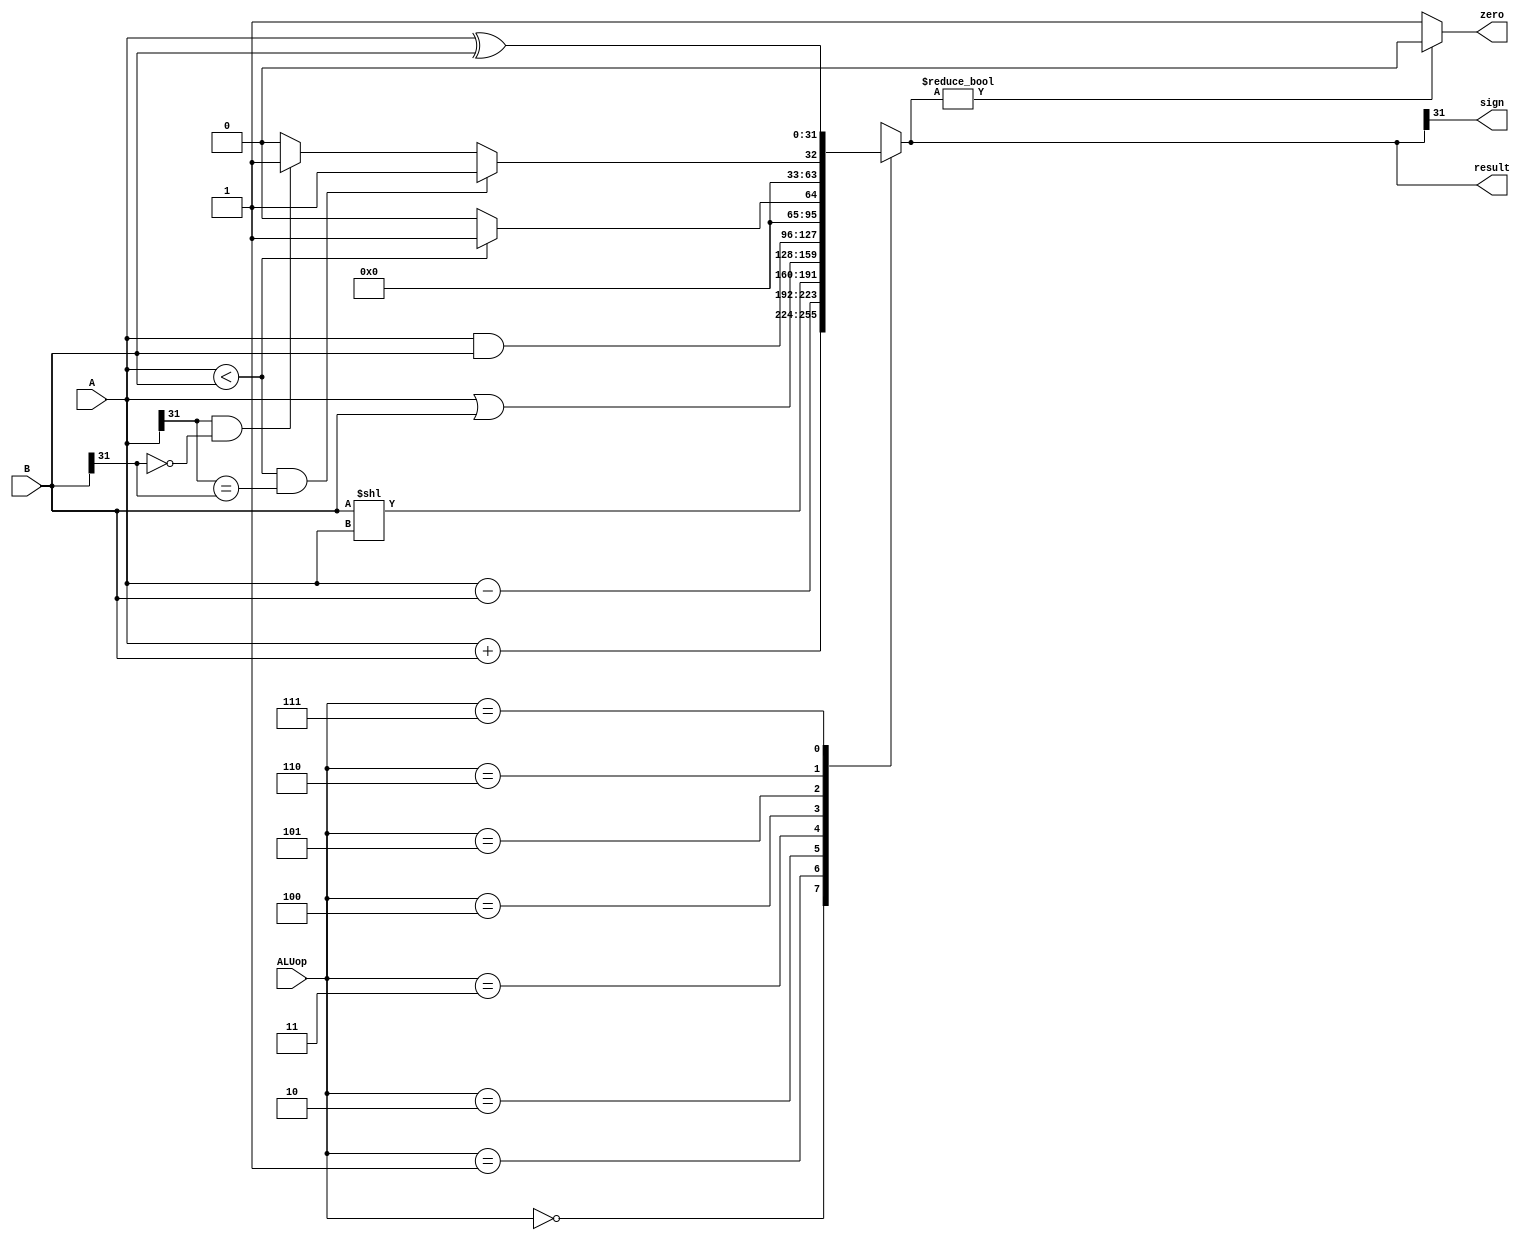
`timescale 1ns / 1ps
//////////////////////////////////////////////////////////////////////////////////
// Company: 
// Engineer: 
// 
// Design Name: 
// Module Name: ALU
// Project Name: 
// Target Devices: 
// Tool Versions: 
// Description: 
// 
// Dependencies: 
// 
// Revision:
// Revision 0.01 - File Created
// Additional Comments:
// 
//////////////////////////////////////////////////////////////////////////////////


module ALU
 (
  input [2:0] ALUop,
  input [31:0] A,
  input [31:0] B,
  output reg zero,
  output reg sign,
  output reg [31:0] result
 );
 always@(*)
 begin
 case(ALUop)
  3'b000: result=A+B;
  3'b001: result=A-B;
  3'b010: result=B<<A;
  3'b011: result=A|B;
  3'b100: result=A&B;
  3'b101: result=(A<B)? 1:0;
  3'b110: if(A<B&&(A[31]==B[31]))
          result=1;
          else if(A[31]&&!B[31])
          result=1;
		  else
		  result=0;          
  3'b111: result=A^B;
 endcase
 sign=result[31];
 
 if(result)
  zero=0;
 else
  zero=1;  
 
 end 
endmodule